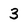
Character: 3